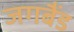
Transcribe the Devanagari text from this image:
जगबैंड